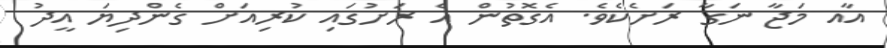
އާއ މަޖާ ނަގާ ރަށެކެވެ. އެގޮތުން އެ ރަށުގައި ކުރިއަށް ގެންދިޔަ އީދު